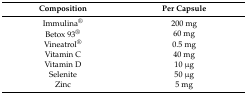
| Composition | Per Capsule |
 | --- | --- |
 | Immulina® | 200 mg |
 | Betox 93® | 60 mg |
 | Vineatrol® | 0.5 mg |
 | Vitamin C | 40 mg |
 | Vitamin D | 10 μg |
 | Selenite | 50 μg |
 | Zinc | 5 mg |